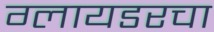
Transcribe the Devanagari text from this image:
ग्लायडरचा